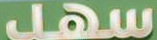
سهل